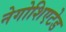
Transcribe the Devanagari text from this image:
नेगोशिएटेड